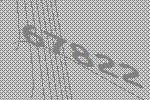
67822